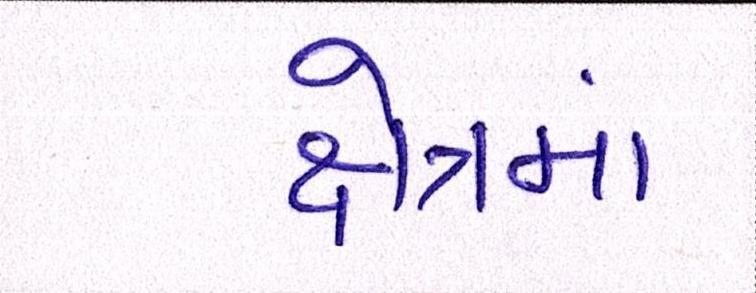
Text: ક્ષેત્રમાં